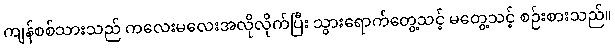
ကျန်စစ်သားသည် ကလေးမလေးအလိုလိုက်ပြီး သွားရောက်တွေ့သင့် မတွေ့သင့် စဉ်းစားသည်။